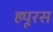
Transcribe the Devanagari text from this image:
ह्यूरस